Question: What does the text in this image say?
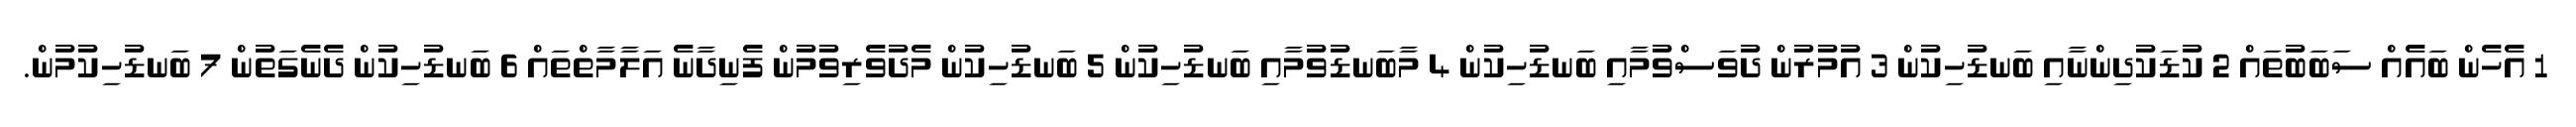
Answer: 1 އެހެން ބައެއް ސަބަބުތައް 2 ކުޑަކުދިންނާއި ބަނޑުހިކުން 3 އުމުރުން ދުވަސްވުމާއި ބަނޑުހިކުން 4 މާބަނޑުވުމާއި ބަނޑުހިކުން 5 ބަނޑުހިކުން މެދުވެރިވުމުން ފެނިދާނެ އަލާމާތްތައް 6 ބަނޑުހިކުން ދެނެގަތުން 7 ބަނޑުހިކުމުން.